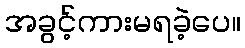
အခွင့်ကားမရခဲ့ပေ။